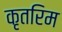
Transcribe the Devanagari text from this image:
कृतरिम